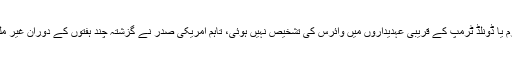
اگرچہ تاحال وائٹ ہاؤس یا امریکی صدارتی دفتر کے کسی ملازم یا ڈونلڈ ٹرمپ کے قریبی عہدیداروں میں وائرس کی تشخیص نہیں ہوئی، تاہم امریکی صدر نے گزشتہ چند ہفتوں کے دوران غیر ملکی عہدیداروں سمیت امریکی عہدیداروں سے بھی ملاقاتیں کیں۔